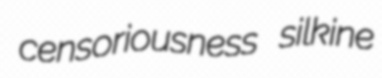
censoriousness silkine